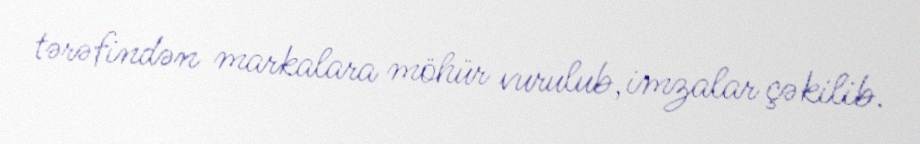
tərəfindən markalara möhür vurulub, imzalar çəkilib.